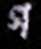
গ